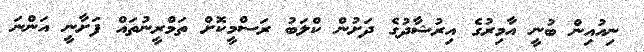
ނިއުއިން ބުނީ އާމިރުގެ އިރުޝާދުގެ ދަށުން ކްލަބު ރަސްމީކޮށް ތަމްރީނުތައް ފަށާނީ އަންނަ